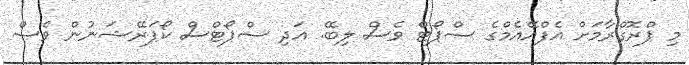
މި ޕްރޮގްރާމަށް އެފްއޭއެމްގެ ސްޕޯޓް ވެސް ލިބޭ. އަދި ސްޕޯޓްސް ކޯޕަރޭޝަނުން ވެސް